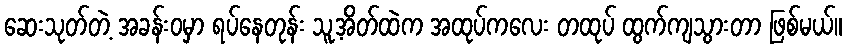
ဆေးသုတ်တဲ့ အခန်းဝမှာ ရပ်နေတုန်း သူ့အိတ်ထဲက အထုပ်ကလေး တထုပ် ထွက်ကျသွားတာ ဖြစ်မယ်။